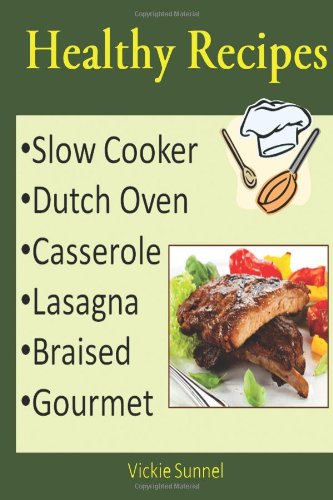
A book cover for Healthy Recipes: Slow Cooker, Dutch Oven, Casserole, Lasagna, Braised, Gourmet Recipes; Vickie Sunnel; Cookbooks, Food & Wine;